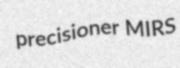
precisioner MIRS